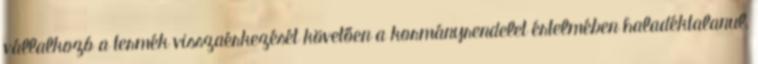
vállalkozó a termék visszaérkezését követően a kormányrendelet értelmében haladéktalanul,